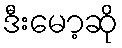
ဒီးမော့ဆို